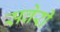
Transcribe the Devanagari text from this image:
सबेरी